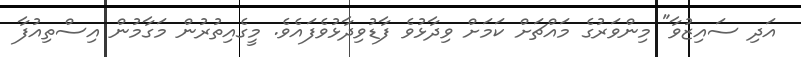
އަދި ސައިޒުވާ" މިންވަރުގެ މައްޗަށް ކަމަށް ވިދާޅުވެ ފާޑުވިދާޅުވެފައެވެ. މީގެއިތުރުން މަގާމުން އިސްތިއުފާ